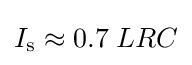
I_{\text{s}}\approx 0.7\;LRC